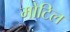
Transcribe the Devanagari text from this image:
मोटिल